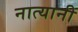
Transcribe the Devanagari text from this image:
नात्यानी